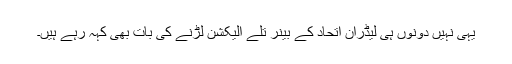
یہی نہیں دونوں ہی لیڈران اتحاد کے بینر تلے الیکشن لڑنے کی بات بھی کہہ رہے ہیں۔